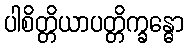
ပါစိတ္တိယာပတ္တိက္ခန္ဓော